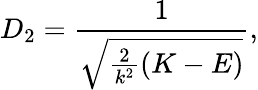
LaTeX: D_{2}=\frac{1}{\sqrt{\frac{2}{k^{2}}(K-E)}},